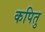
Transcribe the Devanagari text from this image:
कपितु